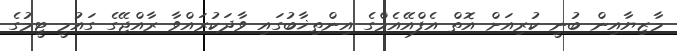
މާޒިޔާއިން ބުނީ ކުރިއަށް އޮތް އެފްއޭއެމްގެ އިންތިޚާބުގައި ވާދަކުރައްވާ ރާއްޖޭގެ ގައުމީ ޓީމުގެ